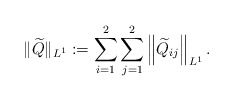
\begin{align*}\|\widetilde{Q}\|_{L^1}:=\sum_{i=1}^2\sum_{j=1}^2\left\|\widetilde{Q}_{i j}\right\|_{L^1}.\end{align*}